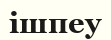
ішпеу